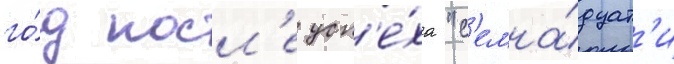
го́д посл'е усп'е́ха "с'емна́дцат'и